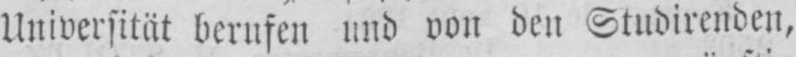
Universität berufen und von den Studirenden,